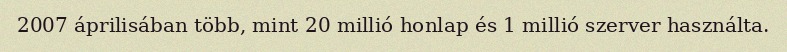
2007 áprilisában több, mint 20 millió honlap és 1 millió szerver használta.